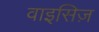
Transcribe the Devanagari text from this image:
वाइसिज़